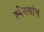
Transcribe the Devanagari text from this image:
ह्वैनसांग